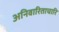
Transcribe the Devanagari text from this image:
अनिवारिताचारि